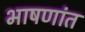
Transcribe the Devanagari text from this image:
भाषणांत